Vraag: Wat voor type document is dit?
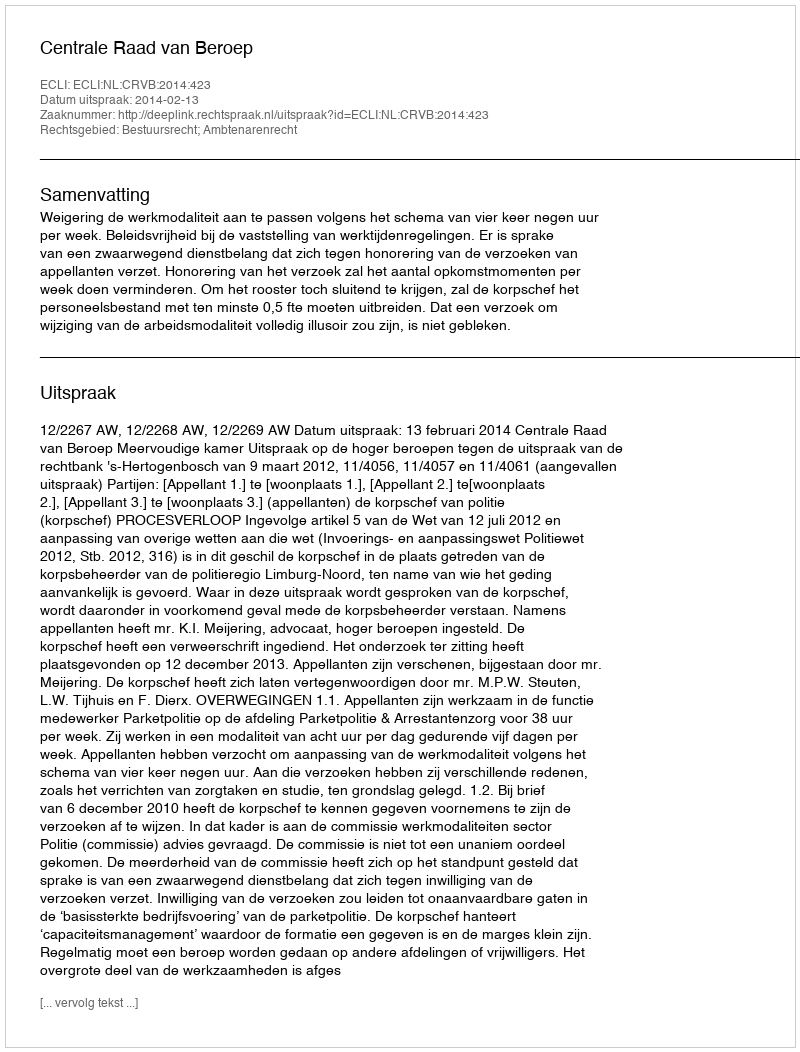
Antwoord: Uitspraak